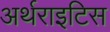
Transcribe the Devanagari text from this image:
अर्थराइटिस